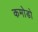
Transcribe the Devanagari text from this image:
कमोडो